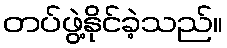
တပ်ဖွဲ့နိုင်ခဲ့သည်။